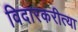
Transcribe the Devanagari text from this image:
विदारकरीत्या